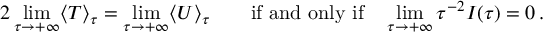
2 \operatorname* { l i m } _ { \tau \rightarrow + \infty } \langle T \rangle _ { \tau } = \operatorname* { l i m } _ { \tau \rightarrow + \infty } \langle U \rangle _ { \tau } \qquad { \mathrm { i f ~ a n d ~ o n l y ~ i f } } \quad \operatorname* { l i m } _ { \tau \rightarrow + \infty } { \tau } ^ { - 2 } I ( \tau ) = 0 \, .